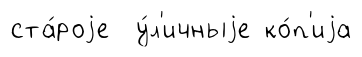
ста́роjе у́л'ичныjе ко́п'иjа